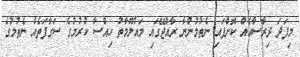
މިފަދަ ދިރާސާއެއް ކޮށްފައި ނެތުމުންނާ ރާއްޖޭގައި މައުލޫމާތު ހިއްސާ ކުރުމުގެ ސަގާފަތެއް ނެތުމުގެ